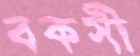
বকসী